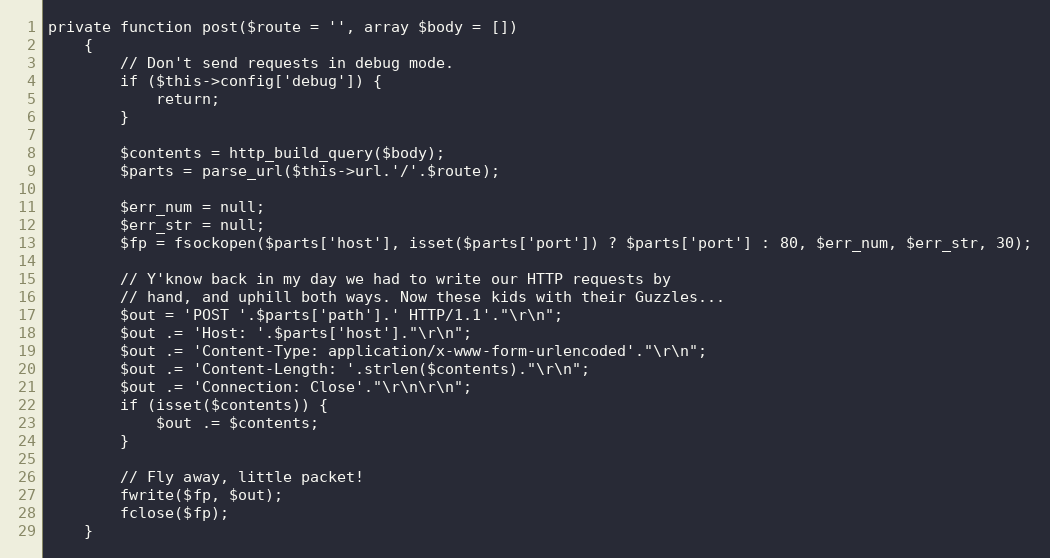
Language: PHP
private function post($route = '', array $body = [])
    {
        // Don't send requests in debug mode.
        if ($this->config['debug']) {
            return;
        }

        $contents = http_build_query($body);
        $parts = parse_url($this->url.'/'.$route);

        $err_num = null;
        $err_str = null;
        $fp = fsockopen($parts['host'], isset($parts['port']) ? $parts['port'] : 80, $err_num, $err_str, 30);

        // Y'know back in my day we had to write our HTTP requests by
        // hand, and uphill both ways. Now these kids with their Guzzles...
        $out = 'POST '.$parts['path'].' HTTP/1.1'."\r\n";
        $out .= 'Host: '.$parts['host']."\r\n";
        $out .= 'Content-Type: application/x-www-form-urlencoded'."\r\n";
        $out .= 'Content-Length: '.strlen($contents)."\r\n";
        $out .= 'Connection: Close'."\r\n\r\n";
        if (isset($contents)) {
            $out .= $contents;
        }

        // Fly away, little packet!
        fwrite($fp, $out);
        fclose($fp);
    }